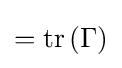
=\operatorname {tr} \left(\Gamma \right)